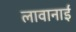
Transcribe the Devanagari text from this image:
लावानाई